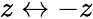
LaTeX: z\leftrightarrow-z